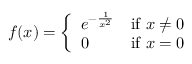
f ( x ) = { \left\{ \begin{array} { l l } { e ^ { - { \frac { 1 } { x ^ { 2 } } } } } & { { \mathrm { i f ~ } } x \neq 0 } \\ { 0 } & { { \mathrm { i f ~ } } x = 0 } \end{array} \right. }